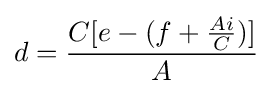
d={\frac {C[e-(f+{\frac {Ai}{C}})]}{A}}